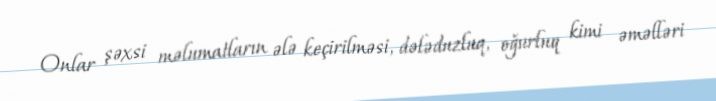
Onlar şəxsi məlumatların ələ keçirilməsi, dələduzluq, oğurluq kimi əməlləri